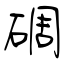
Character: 碉